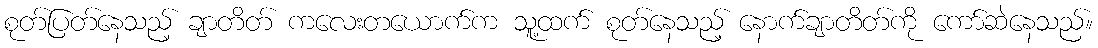
စုတ်ပြတ်နေသည့် ချာတိတ် ကလေးတယောက်က သူ့ထက် စုတ်နေသည့် နောက်ချာတိတ်ကို ကော်ဆဲနေသည်။